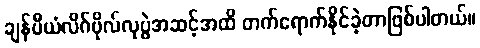
ချန်ပီယံလိဂ်ဗိုလ်လုပွဲအဆင့်အထိ တက်ရောက်နိုင်ခဲ့တာဖြစ်ပါတယ်။